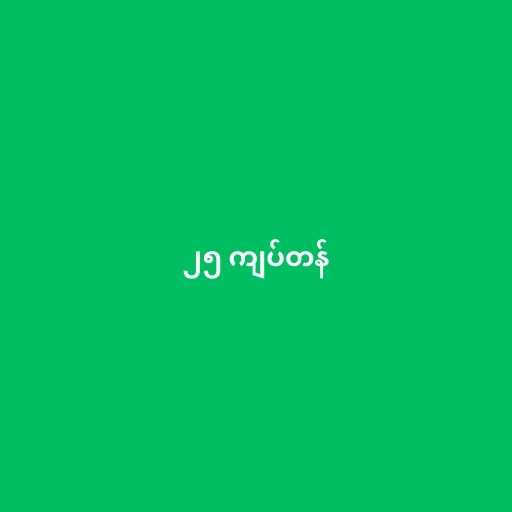
၂၅ ကျပ်တန်